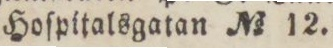
Hoſpitalsgatan No 12.